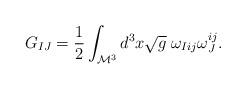
LaTeX: \begin{align*}G_{IJ}=\frac{1}{2} \int_{\mathcal{M}^{3}} d^{3}x\sqrt{g}\; \omega_{Iij}\omega_{J}^{ij}.\end{align*}